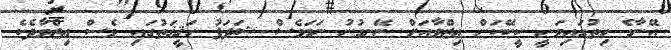
އޭނާގެ ހިތުގައިވަނީ ކީކޭކަން ޢިޒްވާއަށް ނޭނގުނު ނަމަވެސް ޝަދަފު ހަޤީޤަތުގައި ވެސް ޢިޒްވާދެކެ